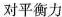
对平衡力